Annual report of lunatic asylums [Bombay] - 1912-1922
Year: 1912
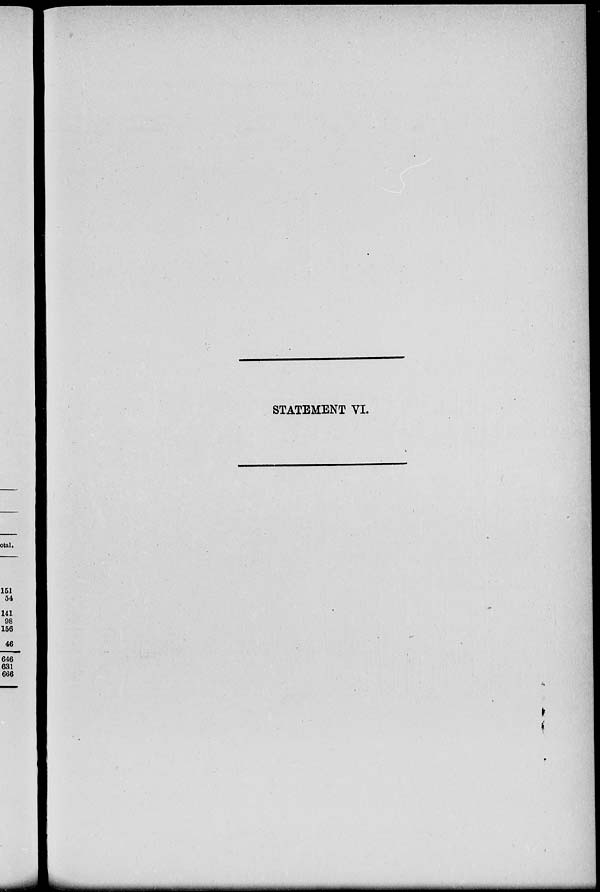
STATEMENT VI.